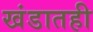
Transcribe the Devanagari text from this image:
खंडातही